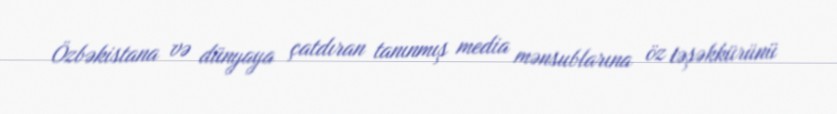
Özbəkistana və dünyaya çatdıran tanınmış media mənsublarına öz təşəkkürünü